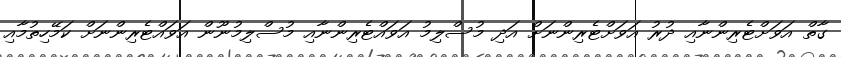
ގާތް އަވަށްޓެރިންނާއި ދުރު އަވަށްޓެރިންނަށް އަދި މުސްލިމު އަވައްޓެރިންނާއި މުސްލިމުނޫން އަވައްޓެރިންނަށް ކަމޭހިތުމާއި